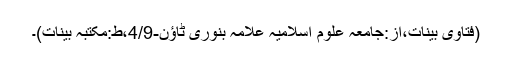
(فتاویٰ بینات،از:جامعہ علوم اسلامیہ علامہ بنوری ٹاؤن-4/9،ط:مکتبہ بینات)۔